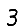
Digit: 3